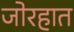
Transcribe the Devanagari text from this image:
जोरहात